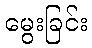
မွေးခြင်း